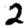
Digit: 2